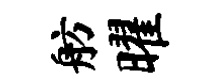
舫曜